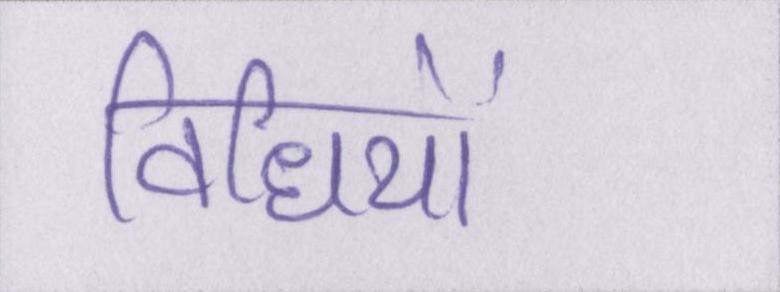
विधियों